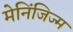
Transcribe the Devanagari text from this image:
मेनिंजिज्म